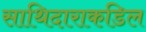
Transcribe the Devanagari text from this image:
साथिदाराकडिल